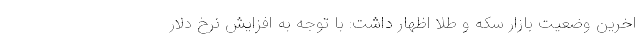
اخرین وضعیت بازار سکه و طلا اظهار داشت: با توجه به افزایش نرخ دلار